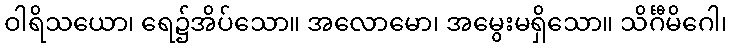
ဝါရိသယော၊ ရေ၌အိပ်သော။ အလောမော၊ အမွေးမရှိသော။ သိင်္ဂီမိဂေါ၊